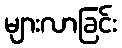
များလာခြင်း